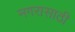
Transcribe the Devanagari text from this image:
नगरासाठी